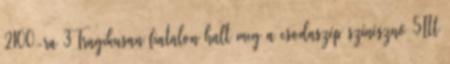
2100-ra 3Tragikusan fiatalon halt meg a csodaszép színésznő 5Itt